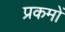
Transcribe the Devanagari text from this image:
प्रकमों